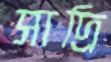
সাদ্রি